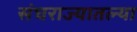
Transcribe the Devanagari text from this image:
संघराज्यातल्या